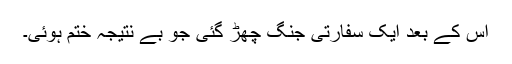
اس کے بعد ایک سفارتی جنگ چھڑ گئی جو بے نتیجہ ختم ہوئی۔